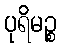
ပုရိမဉ္စ